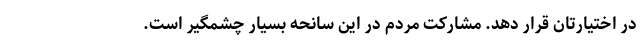
در اختیارتان قرار دهد. مشارکت مردم در این سانحه بسیار چشمگیر است.